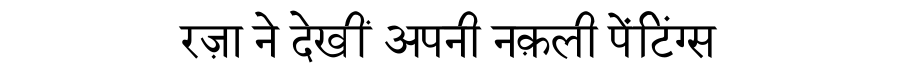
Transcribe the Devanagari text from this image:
रज़ा ने देखीं अपनी नक़ली पेंटिंग्स